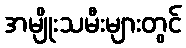
အမျိုးသမီးများတွင်